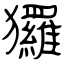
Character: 玀